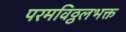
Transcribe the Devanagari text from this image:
परमविठ्ठलभक्त